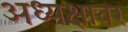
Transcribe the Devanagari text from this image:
अध्यक्षावर